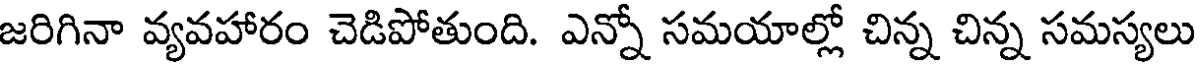
జరిగినా వ్యవహారం చెడిపోతుంది. ఎన్నో సమయాల్లో చిన్న చిన్న సమస్యలు